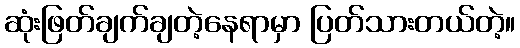
ဆုံးဖြတ်ချက်ချတဲ့နေရာမှာ ပြတ်သားတယ်တဲ့။